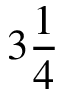
3 \frac 1 4